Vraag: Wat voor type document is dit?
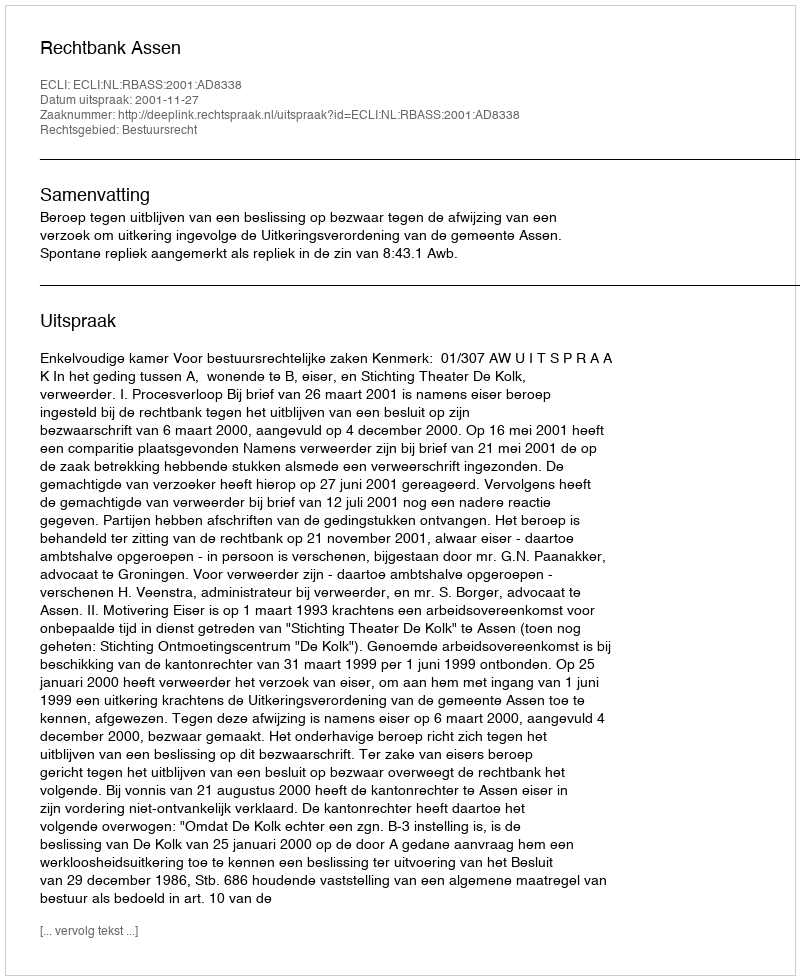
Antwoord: Uitspraak